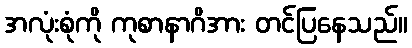
အလုံးစုံကို ကုစာနာဂိအား တင်ပြနေသည်။